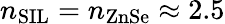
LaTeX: n_{\mathrm{SIL}}=n_{\mathrm{ZnSe}}\approx 2.5